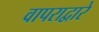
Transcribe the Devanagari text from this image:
वापराद्वारे